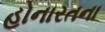
હોનારતના